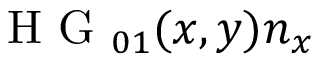
\mathrm { ~ H ~ G ~ } _ { 0 1 } ( x , y ) \boldsymbol { n } _ { x }